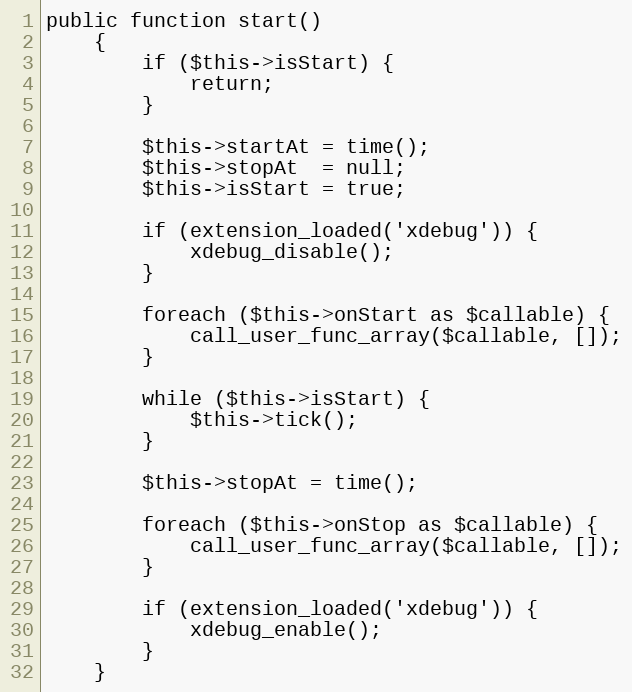
Language: PHP
public function start()
    {
        if ($this->isStart) {
            return;
        }

        $this->startAt = time();
        $this->stopAt  = null;
        $this->isStart = true;

        if (extension_loaded('xdebug')) {
            xdebug_disable();
        }

        foreach ($this->onStart as $callable) {
            call_user_func_array($callable, []);
        }

        while ($this->isStart) {
            $this->tick();
        }

        $this->stopAt = time();

        foreach ($this->onStop as $callable) {
            call_user_func_array($callable, []);
        }

        if (extension_loaded('xdebug')) {
            xdebug_enable();
        }
    }